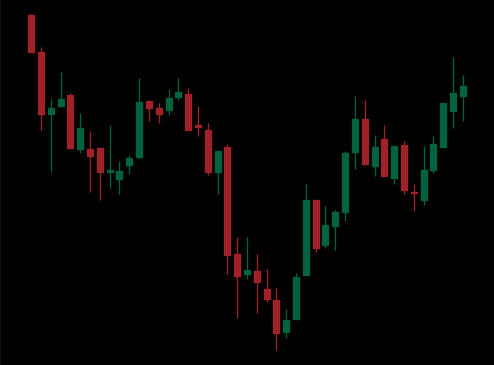
Pattern: inverse_head_shoulders